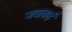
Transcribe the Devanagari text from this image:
जयाबाई